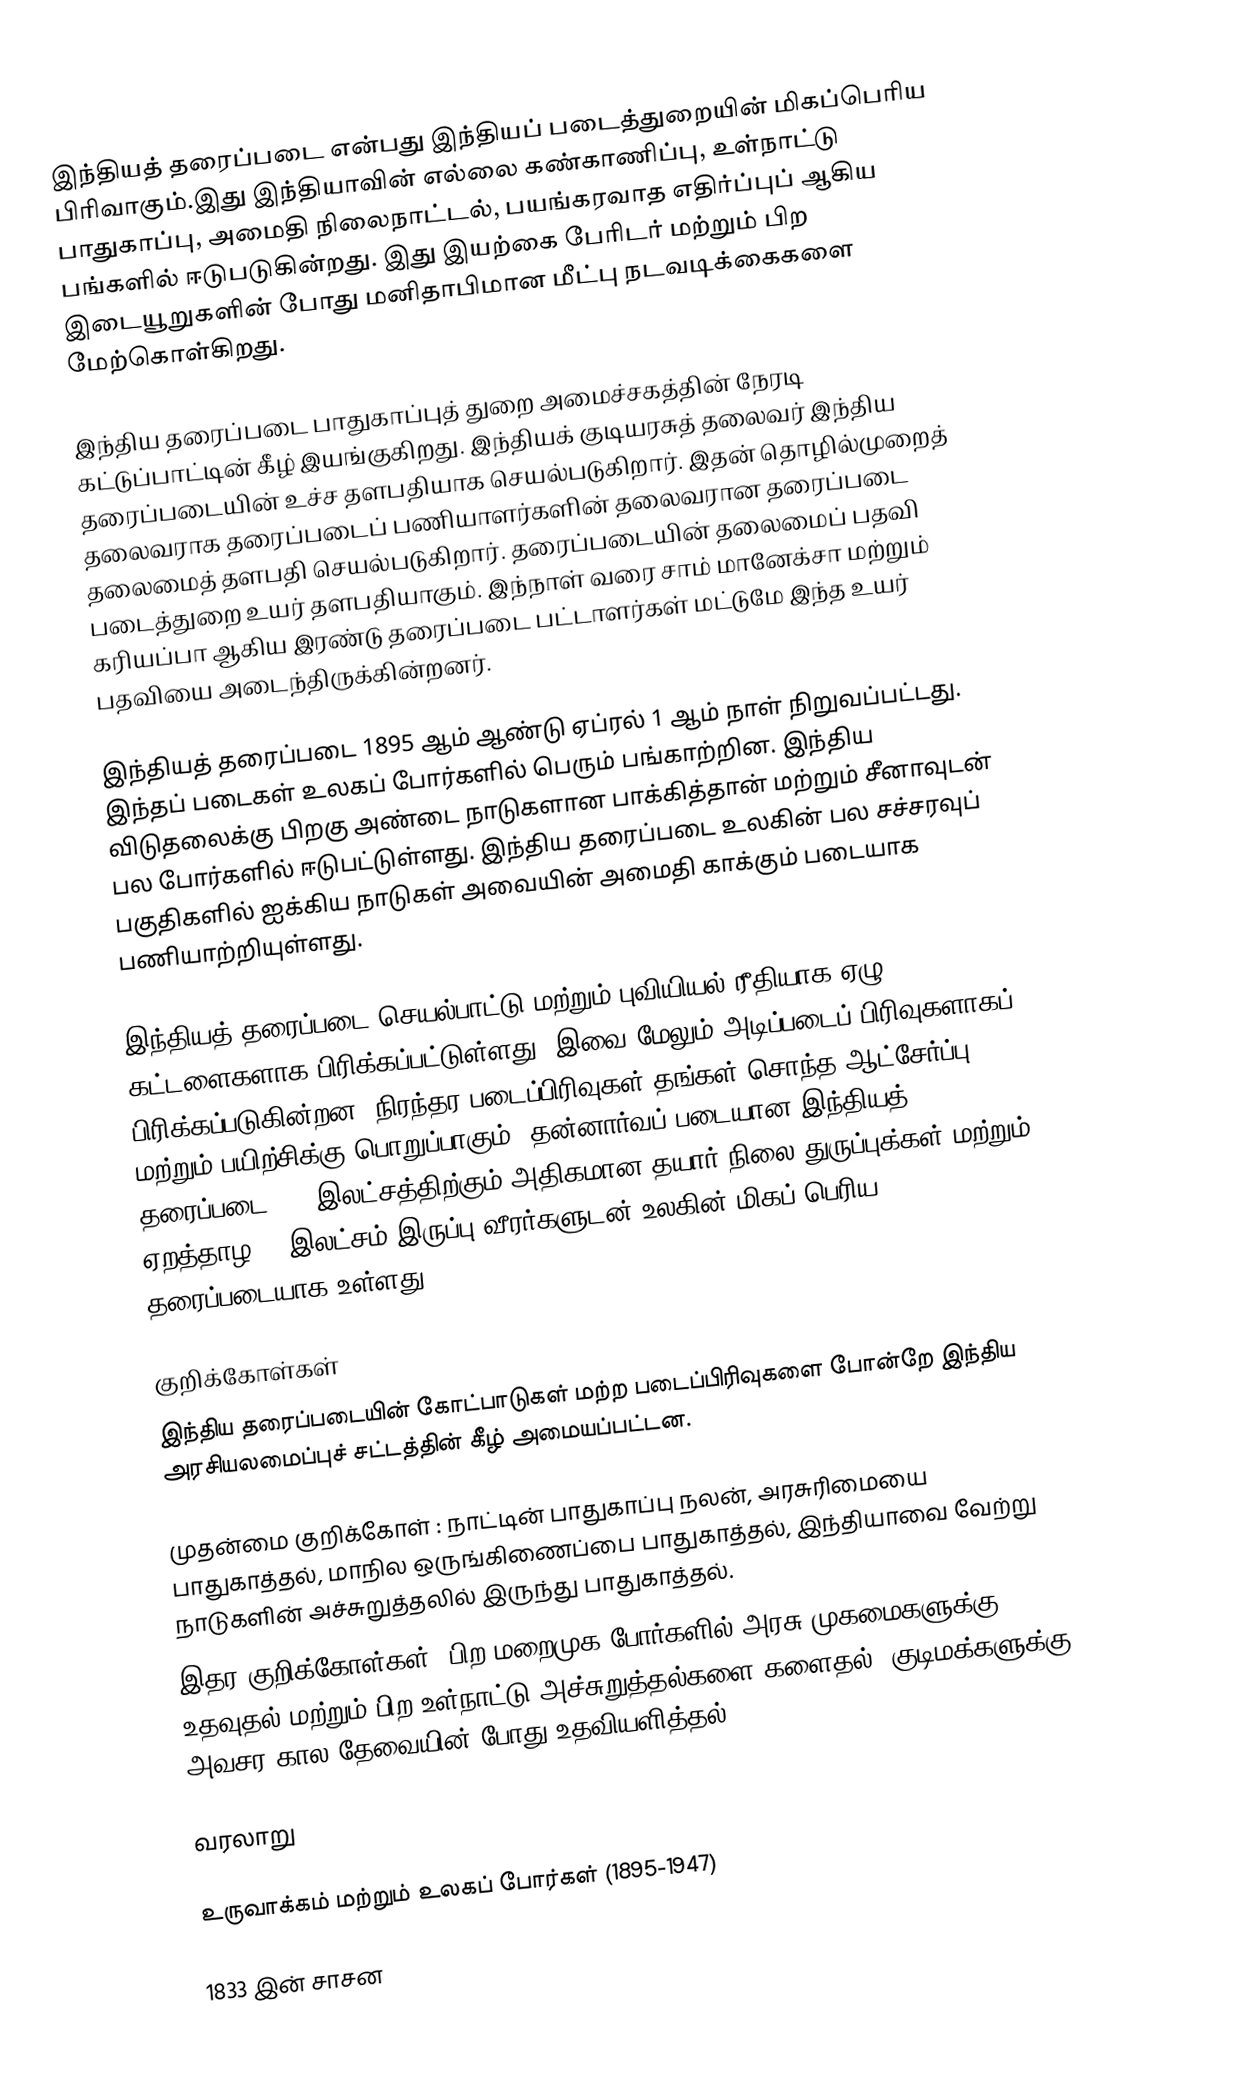
இந்தியத் தரைப்படை என்பது இந்தியப் படைத்துறையின் மிகப்பெரிய பிரிவாகும்.இது இந்தியாவின் எல்லை கண்காணிப்பு, உள்நாட்டு பாதுகாப்பு, அமைதி நிலைநாட்டல், பயங்கரவாத எதிர்ப்புப் ஆகிய பங்களில் ஈடுபடுகின்றது. இது இயற்கை பேரிடர் மற்றும் பிற இடையூறுகளின் போது மனிதாபிமான மீட்பு நடவடிக்கைகளை மேற்கொள்கிறது.

இந்திய தரைப்படை பாதுகாப்புத் துறை அமைச்சகத்தின் நேரடி கட்டுப்பாட்டின் கீழ் இயங்குகிறது.  இந்தியக் குடியரசுத் தலைவர் இந்திய தரைப்படையின் உச்ச தளபதியாக செயல்படுகிறார். இதன் தொழில்முறைத் தலைவராக தரைப்படைப் பணியாளர்களின் தலைவரான தரைப்படை தலைமைத் தளபதி செயல்படுகிறார்.  தரைப்படையின் தலைமைப் பதவி படைத்துறை உயர் தளபதியாகும். இந்நாள் வரை சாம் மானேக்சா மற்றும் கரியப்பா ஆகிய இரண்டு தரைப்படை பட்டாளர்கள் மட்டுமே இந்த உயர் பதவியை அடைந்திருக்கின்றனர்.

இந்தியத்  தரைப்படை 1895 ஆம் ஆண்டு ஏப்ரல் 1 ஆம் நாள் நிறுவப்பட்டது. இந்தப் படைகள் உலகப் போர்களில் பெரும் பங்காற்றின. இந்திய விடுதலைக்கு பிறகு அண்டை நாடுகளான பாக்கித்தான் மற்றும் சீனாவுடன் பல போர்களில் ஈடுபட்டுள்ளது.  இந்திய தரைப்படை உலகின் பல சச்சரவுப்  பகுதிகளில் ஐக்கிய நாடுகள் அவையின் அமைதி காக்கும் படையாக பணியாற்றியுள்ளது.

இந்தியத் தரைப்படை செயல்பாட்டு மற்றும் புவியியல் ரீதியாக ஏழு கட்டளைகளாக பிரிக்கப்பட்டுள்ளது, இவை மேலும் அடிப்படைப் பிரிவுகளாகப் பிரிக்கப்படுகின்றன. நிரந்தர படைப்பிரிவுகள் தங்கள் சொந்த ஆட்சேர்ப்பு மற்றும் பயிற்சிக்கு பொறுப்பாகும். தன்னார்வப் படையான இந்தியத் தரைப்படை, 12 இலட்சத்திற்கும் அதிகமான தயார் நிலை துருப்புக்கள் மற்றும் ஏறத்தாழ 10 இலட்சம் இருப்பு வீரர்களுடன் உலகின் மிகப் பெரிய தரைப்படையாக உள்ளது.

குறிக்கோள்கள்
இந்திய தரைப்படையின் கோட்பாடுகள் மற்ற படைப்பிரிவுகளை போன்றே இந்திய  அரசியலமைப்புச் சட்டத்தின் கீழ் அமையப்பட்டன.

 முதன்மை குறிக்கோள் : நாட்டின் பாதுகாப்பு நலன்,  அரசுரிமையை பாதுகாத்தல், மாநில ஒருங்கிணைப்பை பாதுகாத்தல், இந்தியாவை வேற்று நாடுகளின் அச்சுறுத்தலில் இருந்து பாதுகாத்தல்.
 இதர குறிக்கோள்கள்: பிற மறைமுக போர்களில் அரசு முகமைகளுக்கு உதவுதல் மற்றும் பிற உள்நாட்டு அச்சுறுத்தல்களை களைதல், குடிமக்களுக்கு அவசர கால தேவையின் போது உதவியளித்தல்.

வரலாறு

உருவாக்கம் மற்றும் உலகப் போர்கள் (1895-1947)

1833 இன் சாசன